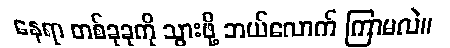
နေရာ တစ်ခုခုကို သွားဖို့ ဘယ်လောက် ကြာမလဲ။